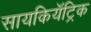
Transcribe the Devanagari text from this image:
सायकियॅट्रिक